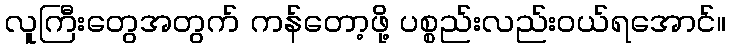
လူကြီးတွေအတွက် ကန်တော့ဖို့ ပစ္စည်းလည်းဝယ်ရအောင်။